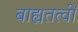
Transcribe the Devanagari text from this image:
बाह्यतत्वों